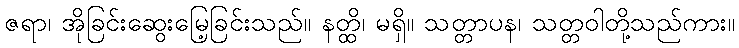
ဇရာ၊ အိုခြင်းဆွေးမြေ့ခြင်းသည်။ နတ္ထိ၊ မရှိ။ သတ္တာပန၊ သတ္တဝါတို့သည်ကား။